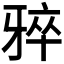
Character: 𪺨